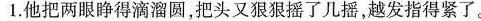
1.他把两眼睁得滴溜圆，把头又狠狠摇了几摇，越发指得紧了。